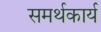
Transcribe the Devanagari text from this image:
समर्थकार्य